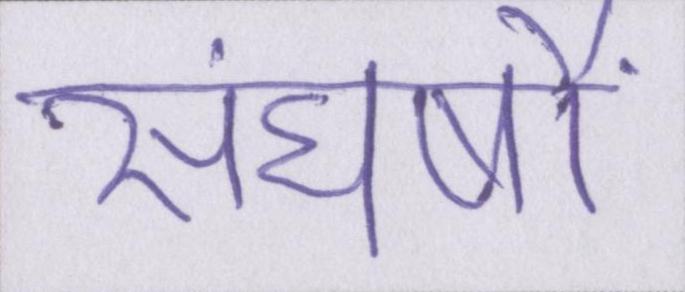
संघर्षों